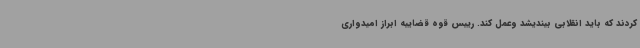
کردند که باید انقلابی بیندیشد وعمل کند. رییس قوه قضاییه ابراز امیدواری